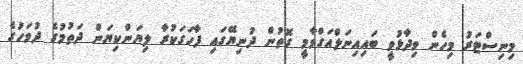
މިނިސްޓަރު މިހެން ވިދާޅުވީ ބައިއިނަލްއަގްވާމީ ގޮތުން ދުނިޔޭގައި ފާހަގަކުރާ ލިޔަންކިޔަން ދަތުމުގެ ދުވަހުގެ